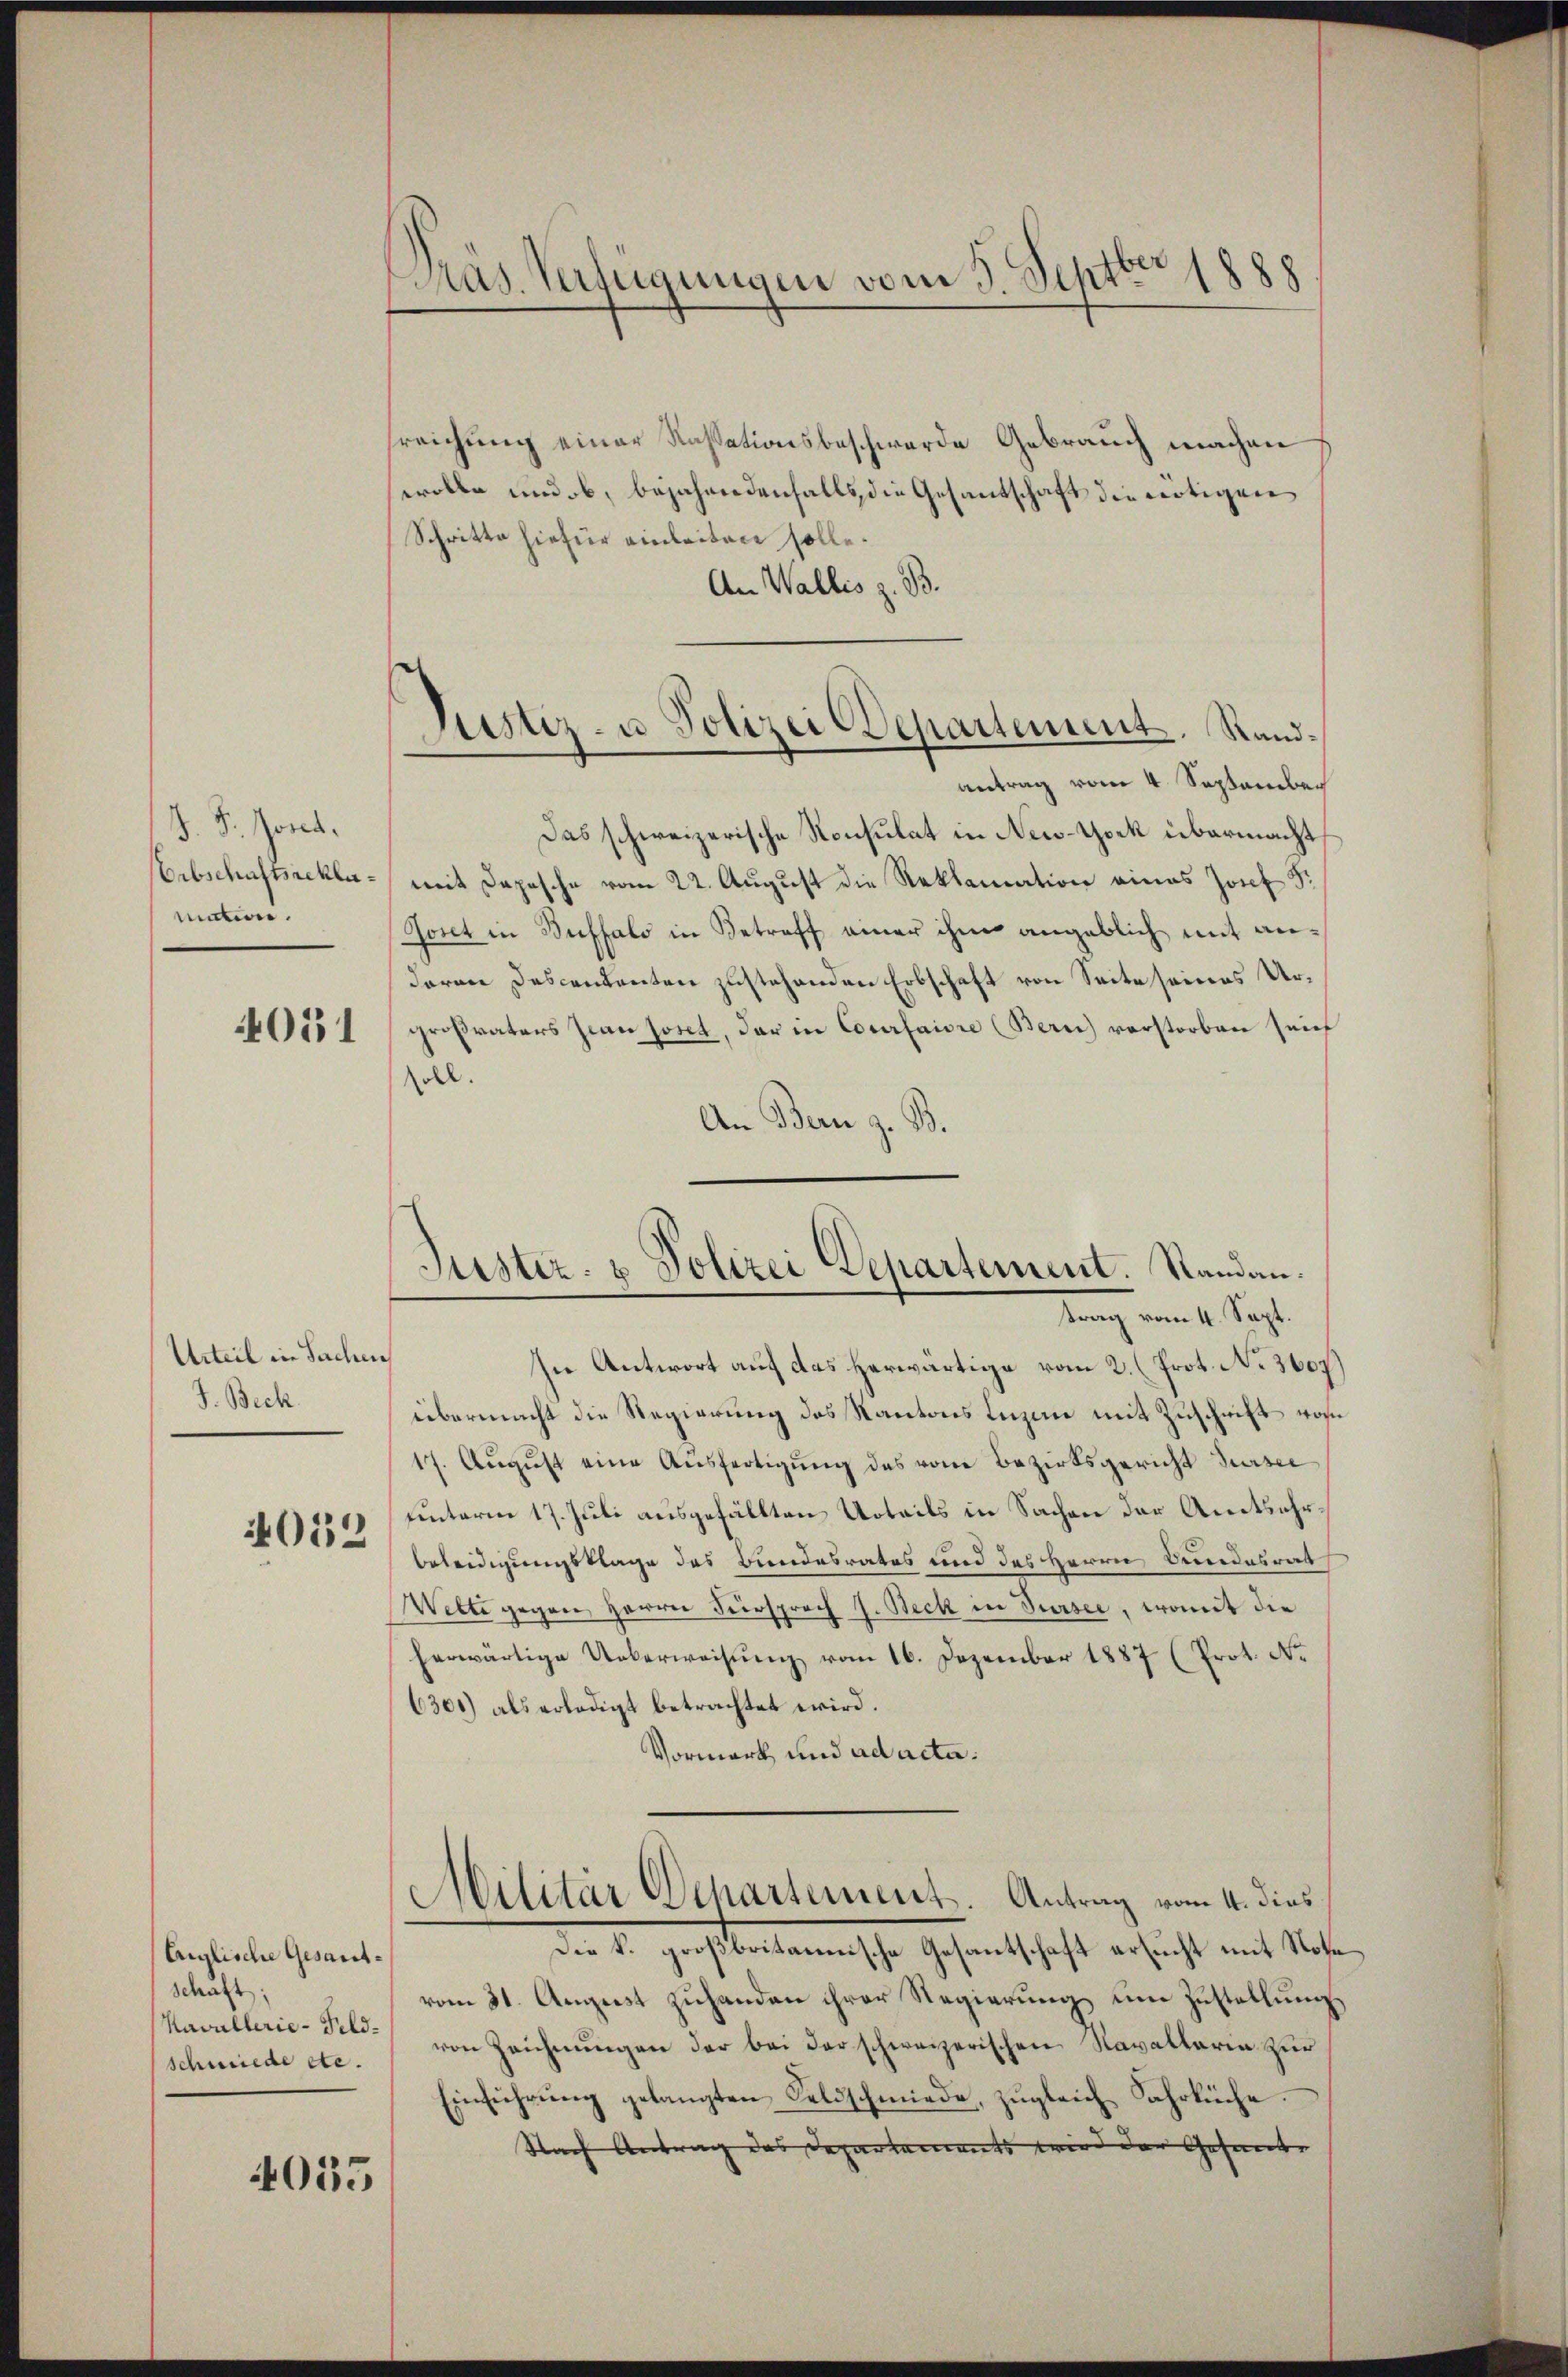
J. F. Jona.
Erbschaftsreklamation.

4051

Urteil in Sachen
J. Beck

4052

Anglische Gesantschaft:
schmiede etc.

4055

Pras. Verfügungen vom 9. Septbr 1888

Justiz- u. Polizei Departement. Randantrag vom 4. September

sreichung einer Kassationsbeschwerde Gebrauch machen
erolle und ob, bejahendenfalls die Gesandschaft die nötigen
Schritte hiefür einleiten solle.
An Wallis z. B.
Das schweizerische Konsulat in New-York übermacht
mit Depesche vom 22. August die Reklamation eines Josef Sr.
Jonet in Buffalo in Betreff einer ihm angeblich mit andaren Descendenten zustehenden Erbschaft von Seite seines Urgroßvaters Jwan sont, der in Courfaire (Bern) verstorben sein
soll.
An Bern z. B.
In Antwort auf das herwärtige vom 2. (Prot. No 3607
übermacht die Regierung des Kantons Luzine mit Zuschrift von
17. Aŭgŭst eine Ausfertigung des vom Bezirksgericht Sursee
unterm 17. Juli ausgefällten Urteils in Sachen der Amtsehrbeleidigungsklage des Bundesrates und des Herrn Bundesrat
Welte gegen Herren Fürsprach J. Beck in Sursee, womit die
herwärtige Ueberweisung vom 16. Dezember 1887 (Prot. No
6301) als erledigt betrachtet wird.
Vormerk und ad acta.
Militär Departement. Antrag vom 4. dies
Der le proch bestamensche Gesandtschaft versucht mit Not
vom 31. August zuhanden ihrer Regierung um Zustellung
Kavallerie-Betr. von Zeichnŭngen der bei der schweizerischen Navallaria zur
Einführŭng gelangten Feldschmiede, zŭgleich Jahrbüche.
Nach Antrag das Departaments wird der Gesamte

Justiz- u Polizei Departement. Standau.
trag vom 4. Sept.